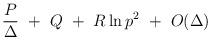
LaTeX: \begin{align*}\frac{P}{\Delta} ~+~ Q ~+~ R \ln p^2 ~+~ O(\Delta)\end{align*}